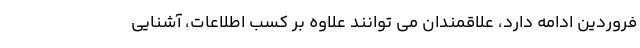
فروردین ادامه دارد، علاقمندان می توانند علاوه بر کسب اطلاعات، آشنایی